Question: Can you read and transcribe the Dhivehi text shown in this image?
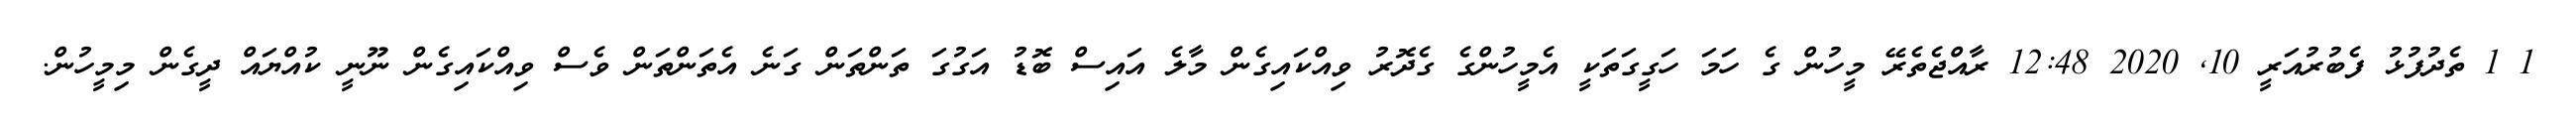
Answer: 1 1 ތެދުފުޅު ފެބުރުއަރީ 10, 2020 12:48 ރާއްޖެތެރޭ މީހުން ގެ ހަމަ ހަގީގަތަކީ އެމީހުންގެ ގެދޮރު ވިއްކައިގެން މާލެ އައިސް ބޮޑު އަގުގަ ތަންތަން ގަނެ އެތަންތަން ވެސް ވިއްކައިގެން ނޫނީ ކުއްޔައް ދީގެން މިމީހުން.